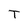
Character: T